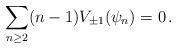
\begin{align*}\sum_{n\geq 2}(n-1)V_{\pm 1}(\psi_n)=0\,.\end{align*}